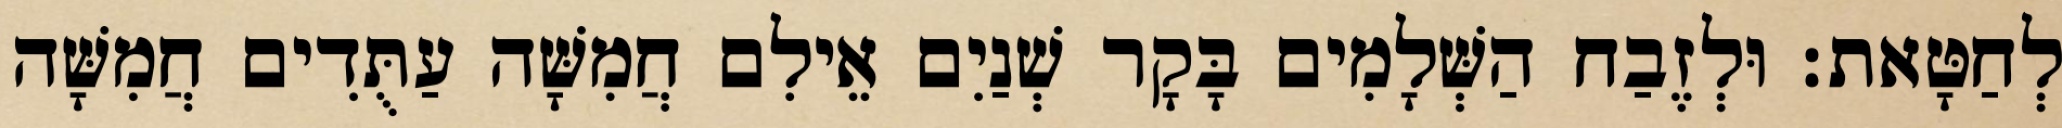
לְחַטָּאת׃ וּלְזֶבַח הַשְּׁלָמִים בָּקָר שְׁנַיִם אֵילִם חֲמִשָּׁה עַתֻּדִים חֲמִשָּׁה